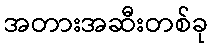
အတားအဆီးတစ်ခု